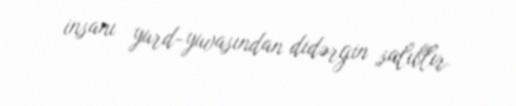
insanı yurd-yuvasından didərgin salıblır.